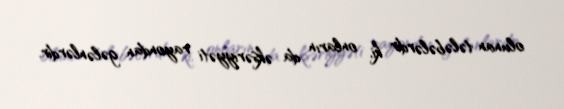
olunan tələbələrdir ki, onların da əksəriyyəti rayondan gələnlərdir.